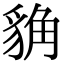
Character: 𧳊